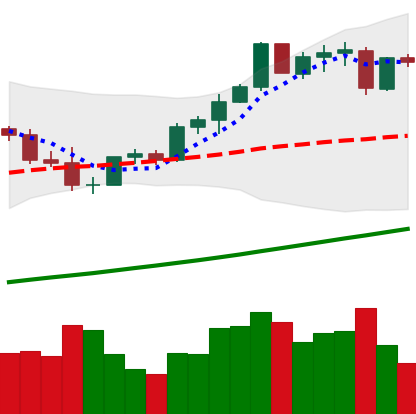
Ticker: ETH-USD
Chart end date: 2021-04-09
Forward return: 17.518%
Label: up_7plus